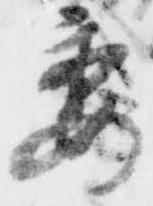
委